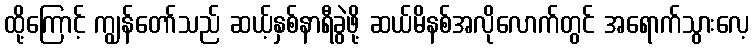
ထို့ကြောင့် ကျွန်တော်သည် ဆယ့်နှစ်နာရီခွဲဖို့ ဆယ်မိနစ်အလိုလောက်တွင် အရောက်သွားလေ့